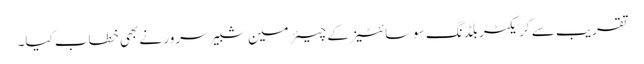
تقریب سے کریکٹر بلڈنگ سوسائٹیز کے چیئرمین شبیر سرور نے بھی خطاب کیا۔